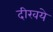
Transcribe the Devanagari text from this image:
दीखये